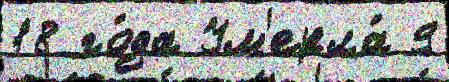
18 го́да Ум'ерла́ 9